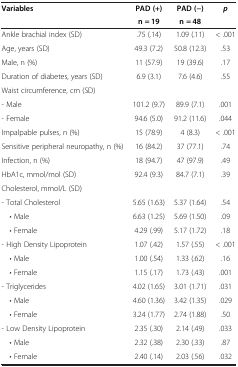
<table><thead><tr><td><b>Variables</b></td><td><b>PAD (+)</b></td><td><b>PAD (-)</b></td><td><b><i>p</i></b></td></tr><tr><td><b> </b></td><td><b>n = 19</b></td><td><b>n = 48</b></td><td><b> </b></td></tr></thead><tbody><tr><td>Ankle brachial index (SD)</td><td>.75 (.14)</td><td>1.09 (.11)</td><td>&lt; .001</td></tr><tr><td>Age, years (SD)</td><td>49.3 (7.2)</td><td>50.8 (12.3)</td><td>.53</td></tr><tr><td>Male, n (%)</td><td>11 (57.9)</td><td>19 (39.6)</td><td>.17</td></tr><tr><td>Duration of diabetes, years (SD)</td><td>6.9 (3.1)</td><td>7.6 (4.6)</td><td>.55</td></tr><tr><td>Waist circumference, cm (SD)</td><td> </td><td> </td><td> </td></tr><tr><td>- Male</td><td>101.2 (9.7)</td><td>89.9 (7.1)</td><td>.001</td></tr><tr><td>- Female</td><td>94.6 (5.0)</td><td>91.2 (11.6)</td><td>.044</td></tr><tr><td>Impalpable pulses, n (%)</td><td>15 (78.9)</td><td>4 (8.3)</td><td>&lt; .001</td></tr><tr><td>Sensitive peripheral neuropathy, n (%)</td><td>16 (84.2)</td><td>37 (77.1)</td><td>.74</td></tr><tr><td>Infection, n (%)</td><td>18 (94.7)</td><td>47 (97.9)</td><td>.49</td></tr><tr><td>HbA1c, mmol/mol (SD)</td><td>92.4 (9.3)</td><td>84.7 (7.1)</td><td>.39</td></tr><tr><td>Cholesterol, mmol/L (SD)</td><td> </td><td> </td><td> </td></tr><tr><td>- Total Cholesterol</td><td>5.65 (1.63)</td><td>5.37 (1.64)</td><td>.54</td></tr><tr><td> • Male</td><td>6.63 (1.25)</td><td>5.69 (1.50)</td><td>.09</td></tr><tr><td> • Female</td><td>4.29 (.99)</td><td>5.17 (1.72)</td><td>.18</td></tr><tr><td>- High Density Lipoprotein</td><td>1.07 (.42)</td><td>1.57 (.55)</td><td>&lt; .001</td></tr><tr><td> • Male</td><td>1.00 (.54)</td><td>1.33 (.62)</td><td>.16</td></tr><tr><td> • Female</td><td>1.15 (.17)</td><td>1.73 (.43)</td><td>.001</td></tr><tr><td>- Triglycerides</td><td>4.02 (1.65)</td><td>3.01 (1.71)</td><td>.031</td></tr><tr><td> • Male</td><td>4.60 (1.36)</td><td>3.42 (1.35)</td><td>.029</td></tr><tr><td> • Female</td><td>3.24 (1.77)</td><td>2.74 (1.88)</td><td>.50</td></tr><tr><td>- Low Density Lipoprotein</td><td>2.35 (.30)</td><td>2.14 (.49)</td><td>.033</td></tr><tr><td> • Male</td><td>2.32 (.38)</td><td>2.30 (.33)</td><td>.87</td></tr><tr><td> • Female</td><td>2.40 (.14)</td><td>2.03 (.56)</td><td>.032</td></tr></tbody></table>